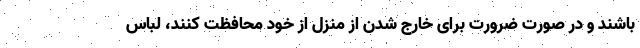
باشند و در صورت ضرورت برای خارج شدن از منزل از خود محافظت کنند، لباس